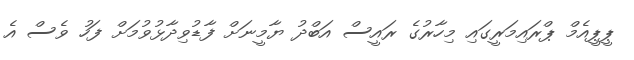
ޕީޕީއެމް ޕްރައިމަރީގައި މިހާރުގެ ރައީސް އަބްދު ޔާމީނަށް ފާޑުވިދާޅުވުމަށް ފަހު ވެސް އެ